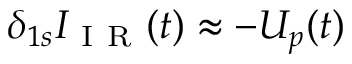
\delta _ { 1 s } I _ { \mathrm { ~ I ~ R ~ } } ( t ) \approx - U _ { p } ( t )